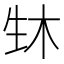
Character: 𬎳